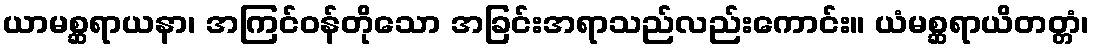
ယာမစ္ဆရာယနာ၊ အကြင်ဝန်တိုသော အခြင်းအရာသည်လည်းကောင်း။ ယံမစ္ဆရာယိတတ္တံ၊